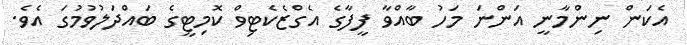
އެކަން ނިންމާނީ އަންނަ މަހު ބާއްވާ ފީފާގެ އެގްޒެކެޓިވް ކޮމިޓީގެ ބައްދަލުވުމުގަ އެވެ.